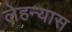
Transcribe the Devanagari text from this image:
लेहन्यास